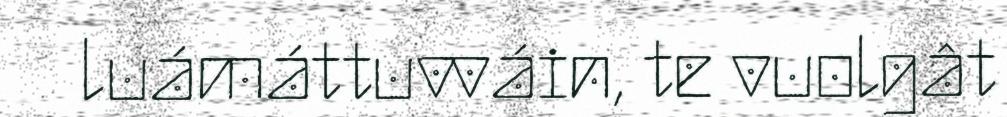
luámáttuvváin, te vuolgât